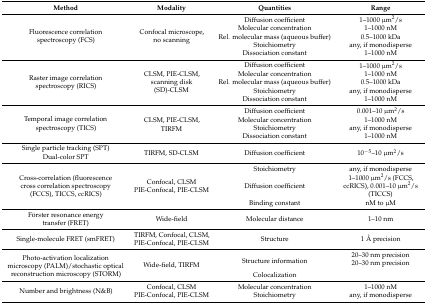
<table><thead><tr><td><b>Method</b></td><td><b>Modality</b></td><td><b>Quantities</b></td><td><b>Range</b></td></tr></thead><tbody><tr><td rowspan="5">Fluorescence correlation spectroscopy (FCS)</td><td rowspan="5">Confocal microscope, no scanning</td><td>Diffusion coefficient</td><td>1–1000 μm<sup>2</sup>/s</td></tr><tr><td>Molecular concentration</td><td>1–1000 nM</td></tr><tr><td>Rel. molecular mass (aqueous buffer)</td><td>0.5–1000 kDa</td></tr><tr><td>Stoichiometry</td><td>any, if monodisperse</td></tr><tr><td>Dissociation constant</td><td>1–1000 nM</td></tr><tr><td rowspan="5">Raster image correlation spectroscopy (RICS)</td><td rowspan="5">CLSM, PIE-CLSM, scanning disk (SD)-CLSM</td><td>Diffusion coefficient</td><td>1–1000 μm<sup>2</sup>/s</td></tr><tr><td>Molecular concentration</td><td>1–1000 nM</td></tr><tr><td>Rel. molecular mass (aqueous buffer)</td><td>0.5–1000 kDa</td></tr><tr><td>Stoichiometry</td><td>any, if monodisperse</td></tr><tr><td>Dissociation constant</td><td>1–1000 nM</td></tr><tr><td rowspan="4">Temporal image correlation spectroscopy (TICS)</td><td rowspan="4">CLSM, PIE-CLSM, TIRFM</td><td>Diffusion coefficient</td><td>0.001–10 μm<sup>2</sup>/s</td></tr><tr><td>Molecular concentration</td><td>1–1000 nM</td></tr><tr><td>Stoichiometry</td><td>any, if monodisperse</td></tr><tr><td>Dissociation constant</td><td>1–1000 nM</td></tr><tr><td>Single particle tracking (SPT)</td><td rowspan="2">TIRFM, SD-CLSM</td><td rowspan="2">Diffusion coefficient</td><td rowspan="2">10<sup>−5</sup>–10 μm<sup>2</sup>/s</td></tr><tr><td>Dual-color SPT</td></tr><tr><td rowspan="3">Cross-correlation (fluorescence cross correlation spectroscopy (FCCS), TICCS, ccRICS)</td><td rowspan="3">Confocal, CLSMPIE-Confocal, PIE-CLSM</td><td>Stoichiometry</td><td>any, if monodisperse</td></tr><tr><td>Diffusion coefficient</td><td>1–1000 μm<sup>2</sup>/s (FCCS, ccRICS), 0.001–10 μm<sup>2</sup>/s (TICCS)</td></tr><tr><td>Binding constant</td><td>nM to μM</td></tr><tr><td>Förster resonance energy transfer (FRET)</td><td>Wide-field</td><td>Molecular distance</td><td>1–10 nm</td></tr><tr><td>Single-molecule FRET (smFRET)</td><td>TIRFM, Confocal, CLSM, PIE-Confocal, PIE-CLSM</td><td>Structure</td><td>1 Å precision</td></tr><tr><td rowspan="2">Photo-activation localization microscopy (PALM)/stochastic optical reconstruction microscopy (STORM)</td><td rowspan="2">Wide-field, TIRFM</td><td>Structure information</td><td rowspan="2">20–30 nm precision 20–30 nm precision</td></tr><tr><td>Colocalization</td></tr><tr><td rowspan="2">Number and brightness (N&amp;B)</td><td rowspan="2">Confocal, CLSMPIE-Confocal, PIE-CLSM</td><td>Molecular concentration</td><td>1–1000 nM</td></tr><tr><td>Stoichiometry</td><td>any, if monodisperse</td></tr></tbody></table>